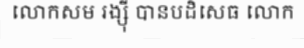
លោកសម រង្ស៊ី បានបដិសេធ លោក